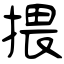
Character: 揋